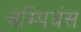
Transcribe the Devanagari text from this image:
चेम्पियंस